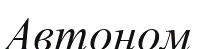
Автоном